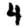
Digit: 4